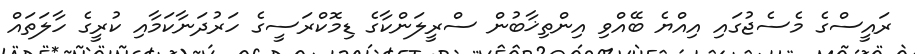
ރައީސްގެ މެސެޖުގައި އިއްޔެ ބޭއްވި އިންތިޚާބުން ސްރީލަންކާގެ ޑިމޮކްރަސީގެ ހަރުދަނާކަމާއި ކުރީގެ ހާލަތައް